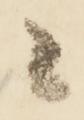
々